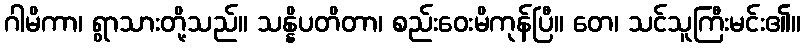
ဂါမိကာ၊ ရွာသားတို့သည်။ သန္နိပတိတာ၊ စည်းဝေးမိကုန်ပြီ။ တေ၊ သင်သူကြီးမင်း၏။